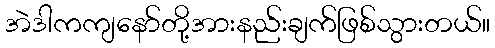
အဲဒါကကျနော်တို့အားနည်းချက်ဖြစ်သွားတယ်။